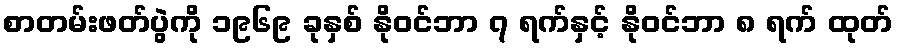
စာတမ်းဖတ်ပွဲကို ၁၉၆၉ ခုနှစ် နိုဝင်ဘာ ၇ ရက်နှင့် နိုဝင်ဘာ ၈ ရက် ထုတ်